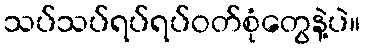
သပ်သပ်ရပ်ရပ်ဝတ်စုံတွေနဲ့ပဲ။